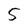
Character: 5